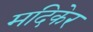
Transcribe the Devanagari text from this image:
मदिकेर